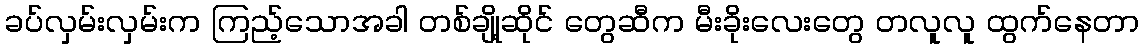
ခပ်လှမ်းလှမ်းက ကြည့်သောအခါ တစ်ချို့ဆိုင် တွေဆီက မီးခိုးလေးတွေ တလူလူ ထွက်နေတာ